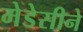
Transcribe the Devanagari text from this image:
मेडेसीने